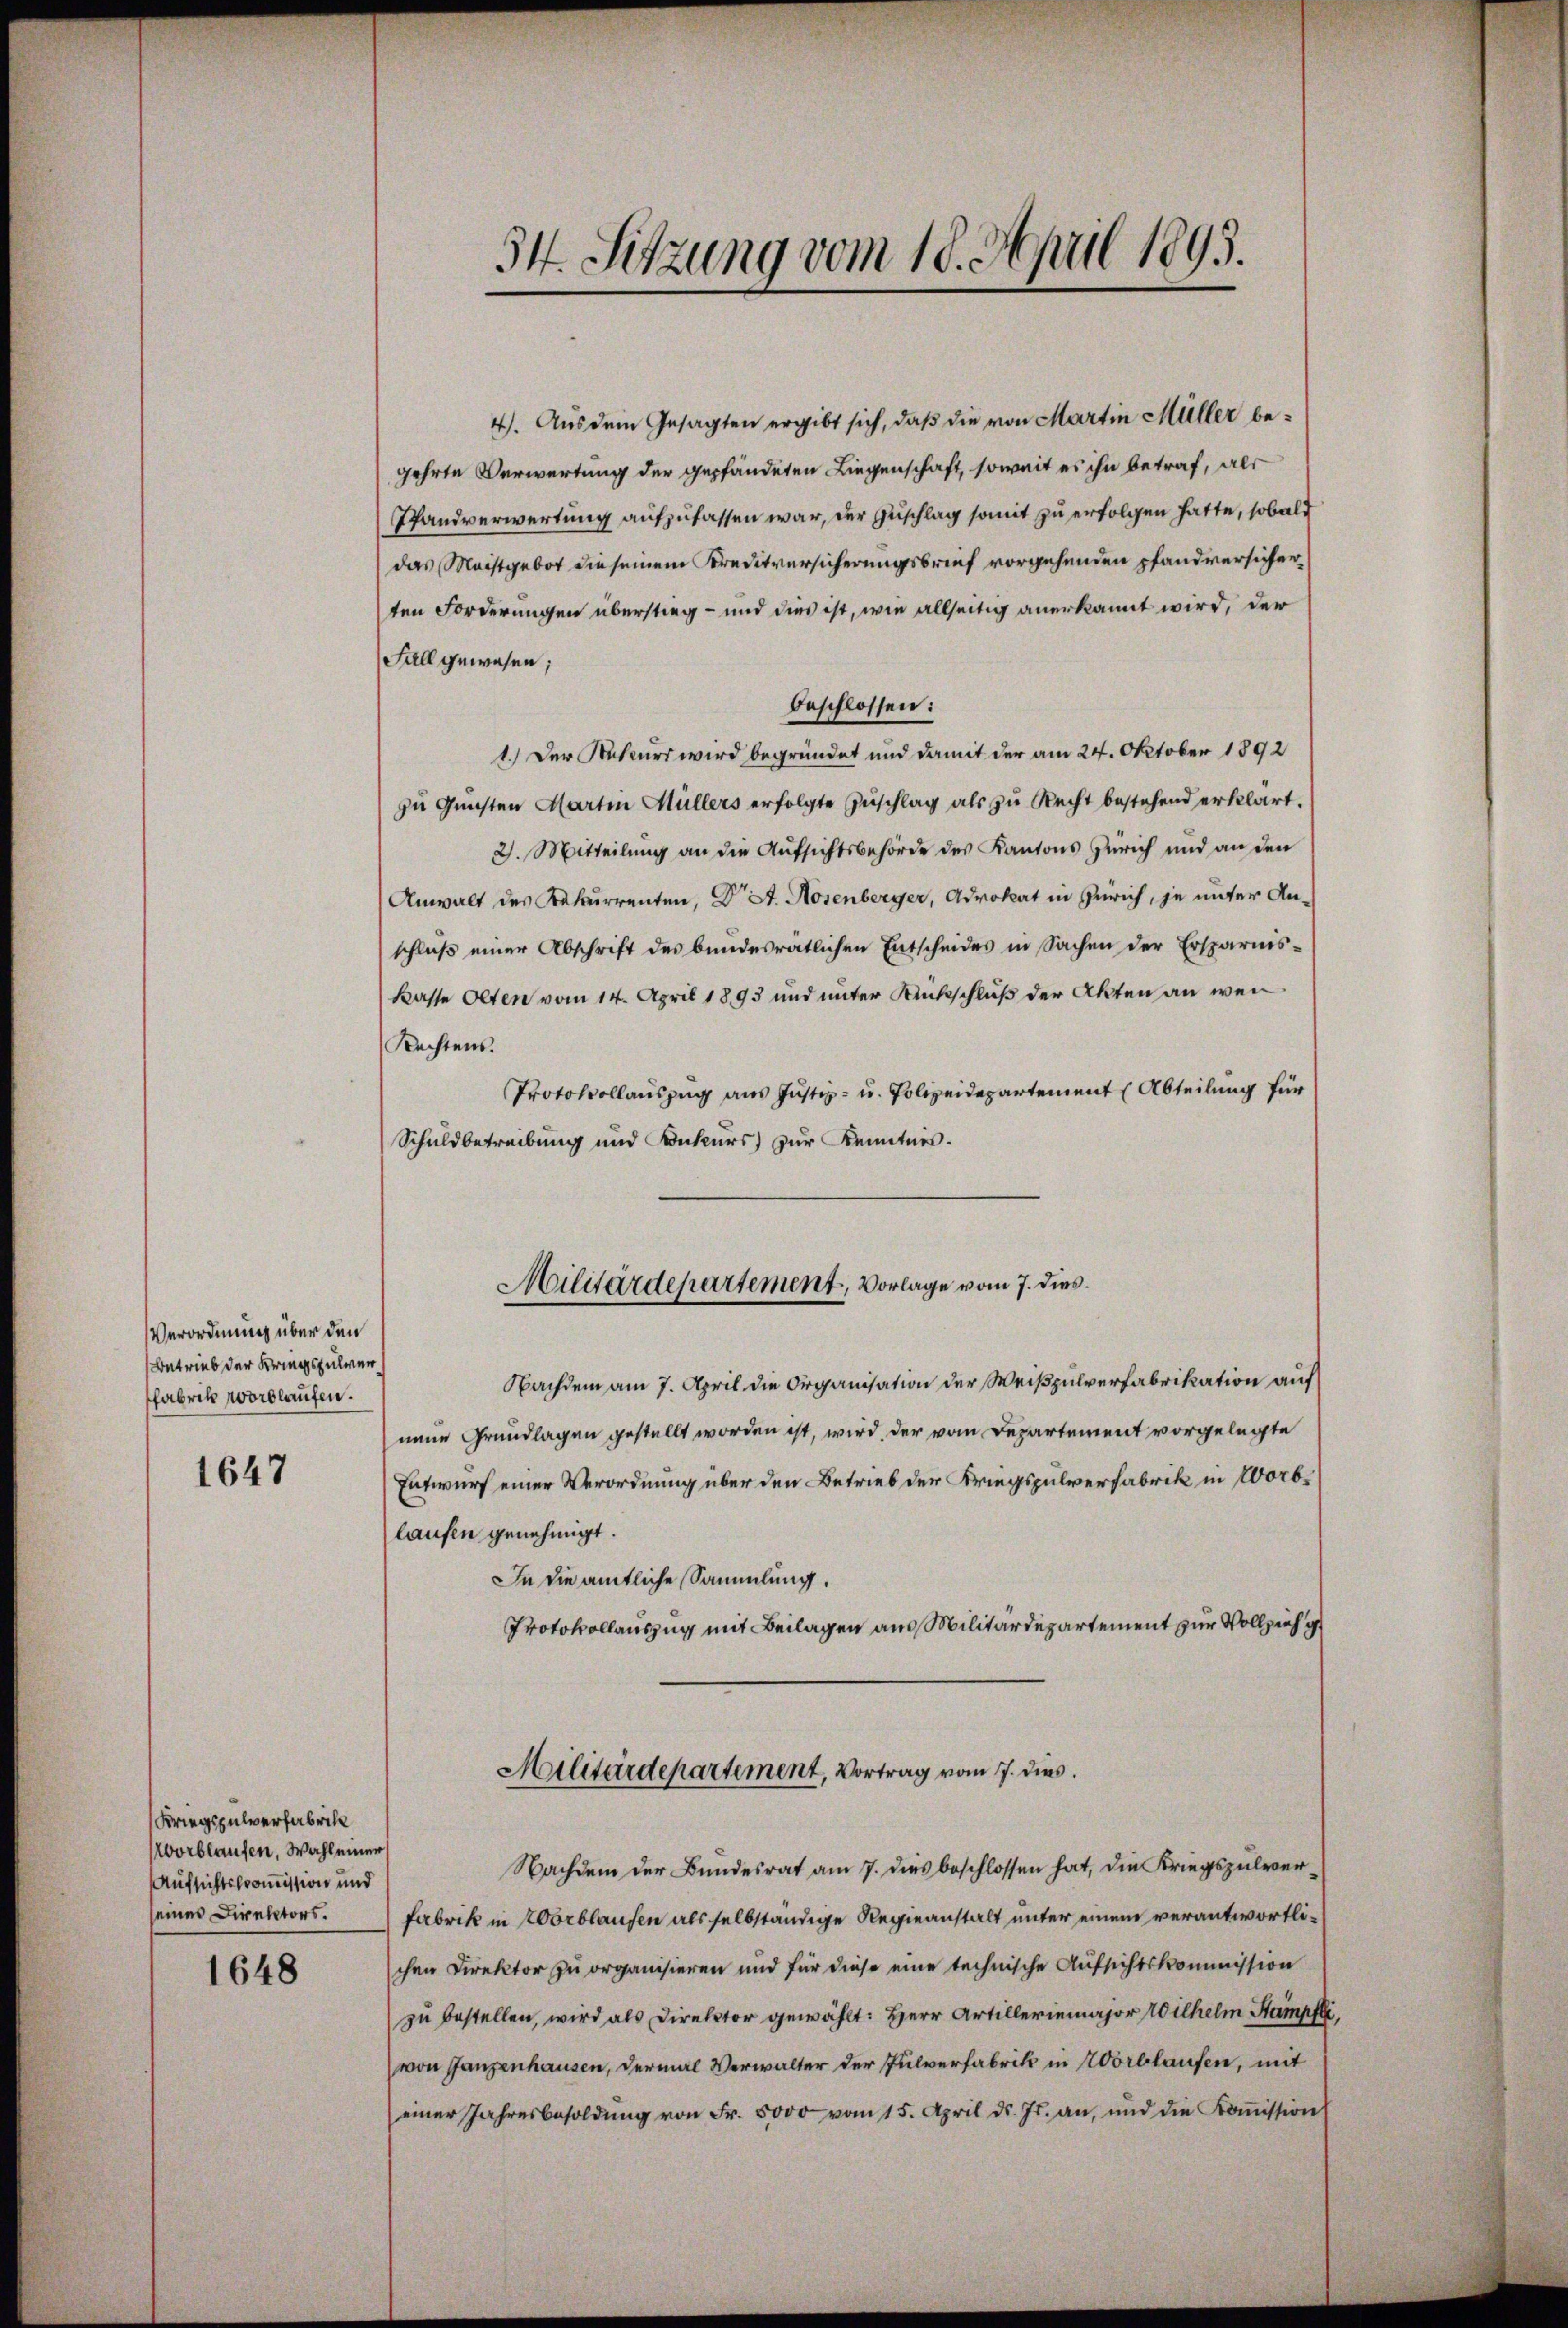
Verordnung über den
Betrieb der Kriegsfulver
fabrik wordlaufen.

1647

Kriegspulverfabrik
vorblaufen, Wahl einer
Aufsichtskommission und
eines Direktors.

1648

4). Aus dem Gesagten ergibt sich, daß die von Martin Müller begehrte Verwertung der gepfändeten Liegenschaft, soweit es ihn betraf, als
Pfandverwertung aufzufassen war, der Zuschlag somit zu erfolgen hatte, sobald
das Meistgebot die seinem Kreditversicherungsbrief vorgehenden pfandversicher
ten Forderungen überstieg – und dies ist, wie allseitig anerkannt wird, der
Fall gewesen;
beschlossen:
1.) Der Rekurs wird begründet und damit der am 24. October 1892
zu Gunsten Martin Müllers erfolgte Zuschlag als zu Recht bestehend erklärt.
2. Mitteilung an die Aufsichtsbehörde des Kantons Zürich und an den
Anwalt des Rekurrenten, Dr. St. Rosenberger, Advokat in Zürich, je unter Anschluß einer Abschrift des bundesratlichen Entscheides in Sachen der Ersparnis-
kasse Olten vom 14. April 1893 und unter Rückschluß der Akten an wen¬
Rechtens.
Protokollauszug aus Justiz- u. Polizeidepartement (Abteilung für
Schuldbetreibung und Konkurs zur Kenntnis.
Militärdepartement, Vorlage vom 7. dies.
Nachdem am 7. April die Organisation der Weißpulverfabrikation auf
neue Grundlagen gestellt worden ist, wird der vom Departement vorgelegte
Entwurf einer Verordnung über den Betrieb der Kriegspulverfabrik in Worblaufen genehmigt.
In die amtliche Sammlung.
Protokollauszug mit Beilagen aus Militärdepartement zur Vollzieh g
Militärdepartement, Vortrag vom 7. dies

34. Sitzung vom 18. April 1893.

Nachdem der Bundesrat am 7. dies beschlossen hat, die Kriegspulver¬
Fabrik in Worblaufen als selbständige Regieanstalt unter einem verantwortlischen Direktor zu organisieren und für diese eine technische Aufsichtskommission
zu bestellen, wird als Direktor gewählt: Herr Artilleriemajor Wilhelm Stampfli
von Ganzenhausen, dermal Verwalter der Pulverfabrik in Wortlaufen, mit
einer Jahresbesoldŭng von Fr. 5000 vom 15. April d. Js. an, und die Koṁission